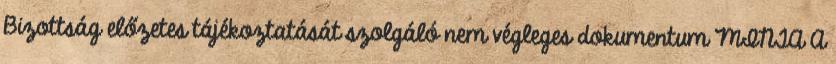
Bizottság előzetes tájékoztatását szolgáló nem végleges dokumentum MINTA A